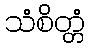
သံစိတ္တံ